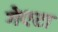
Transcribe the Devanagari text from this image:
गेएटा